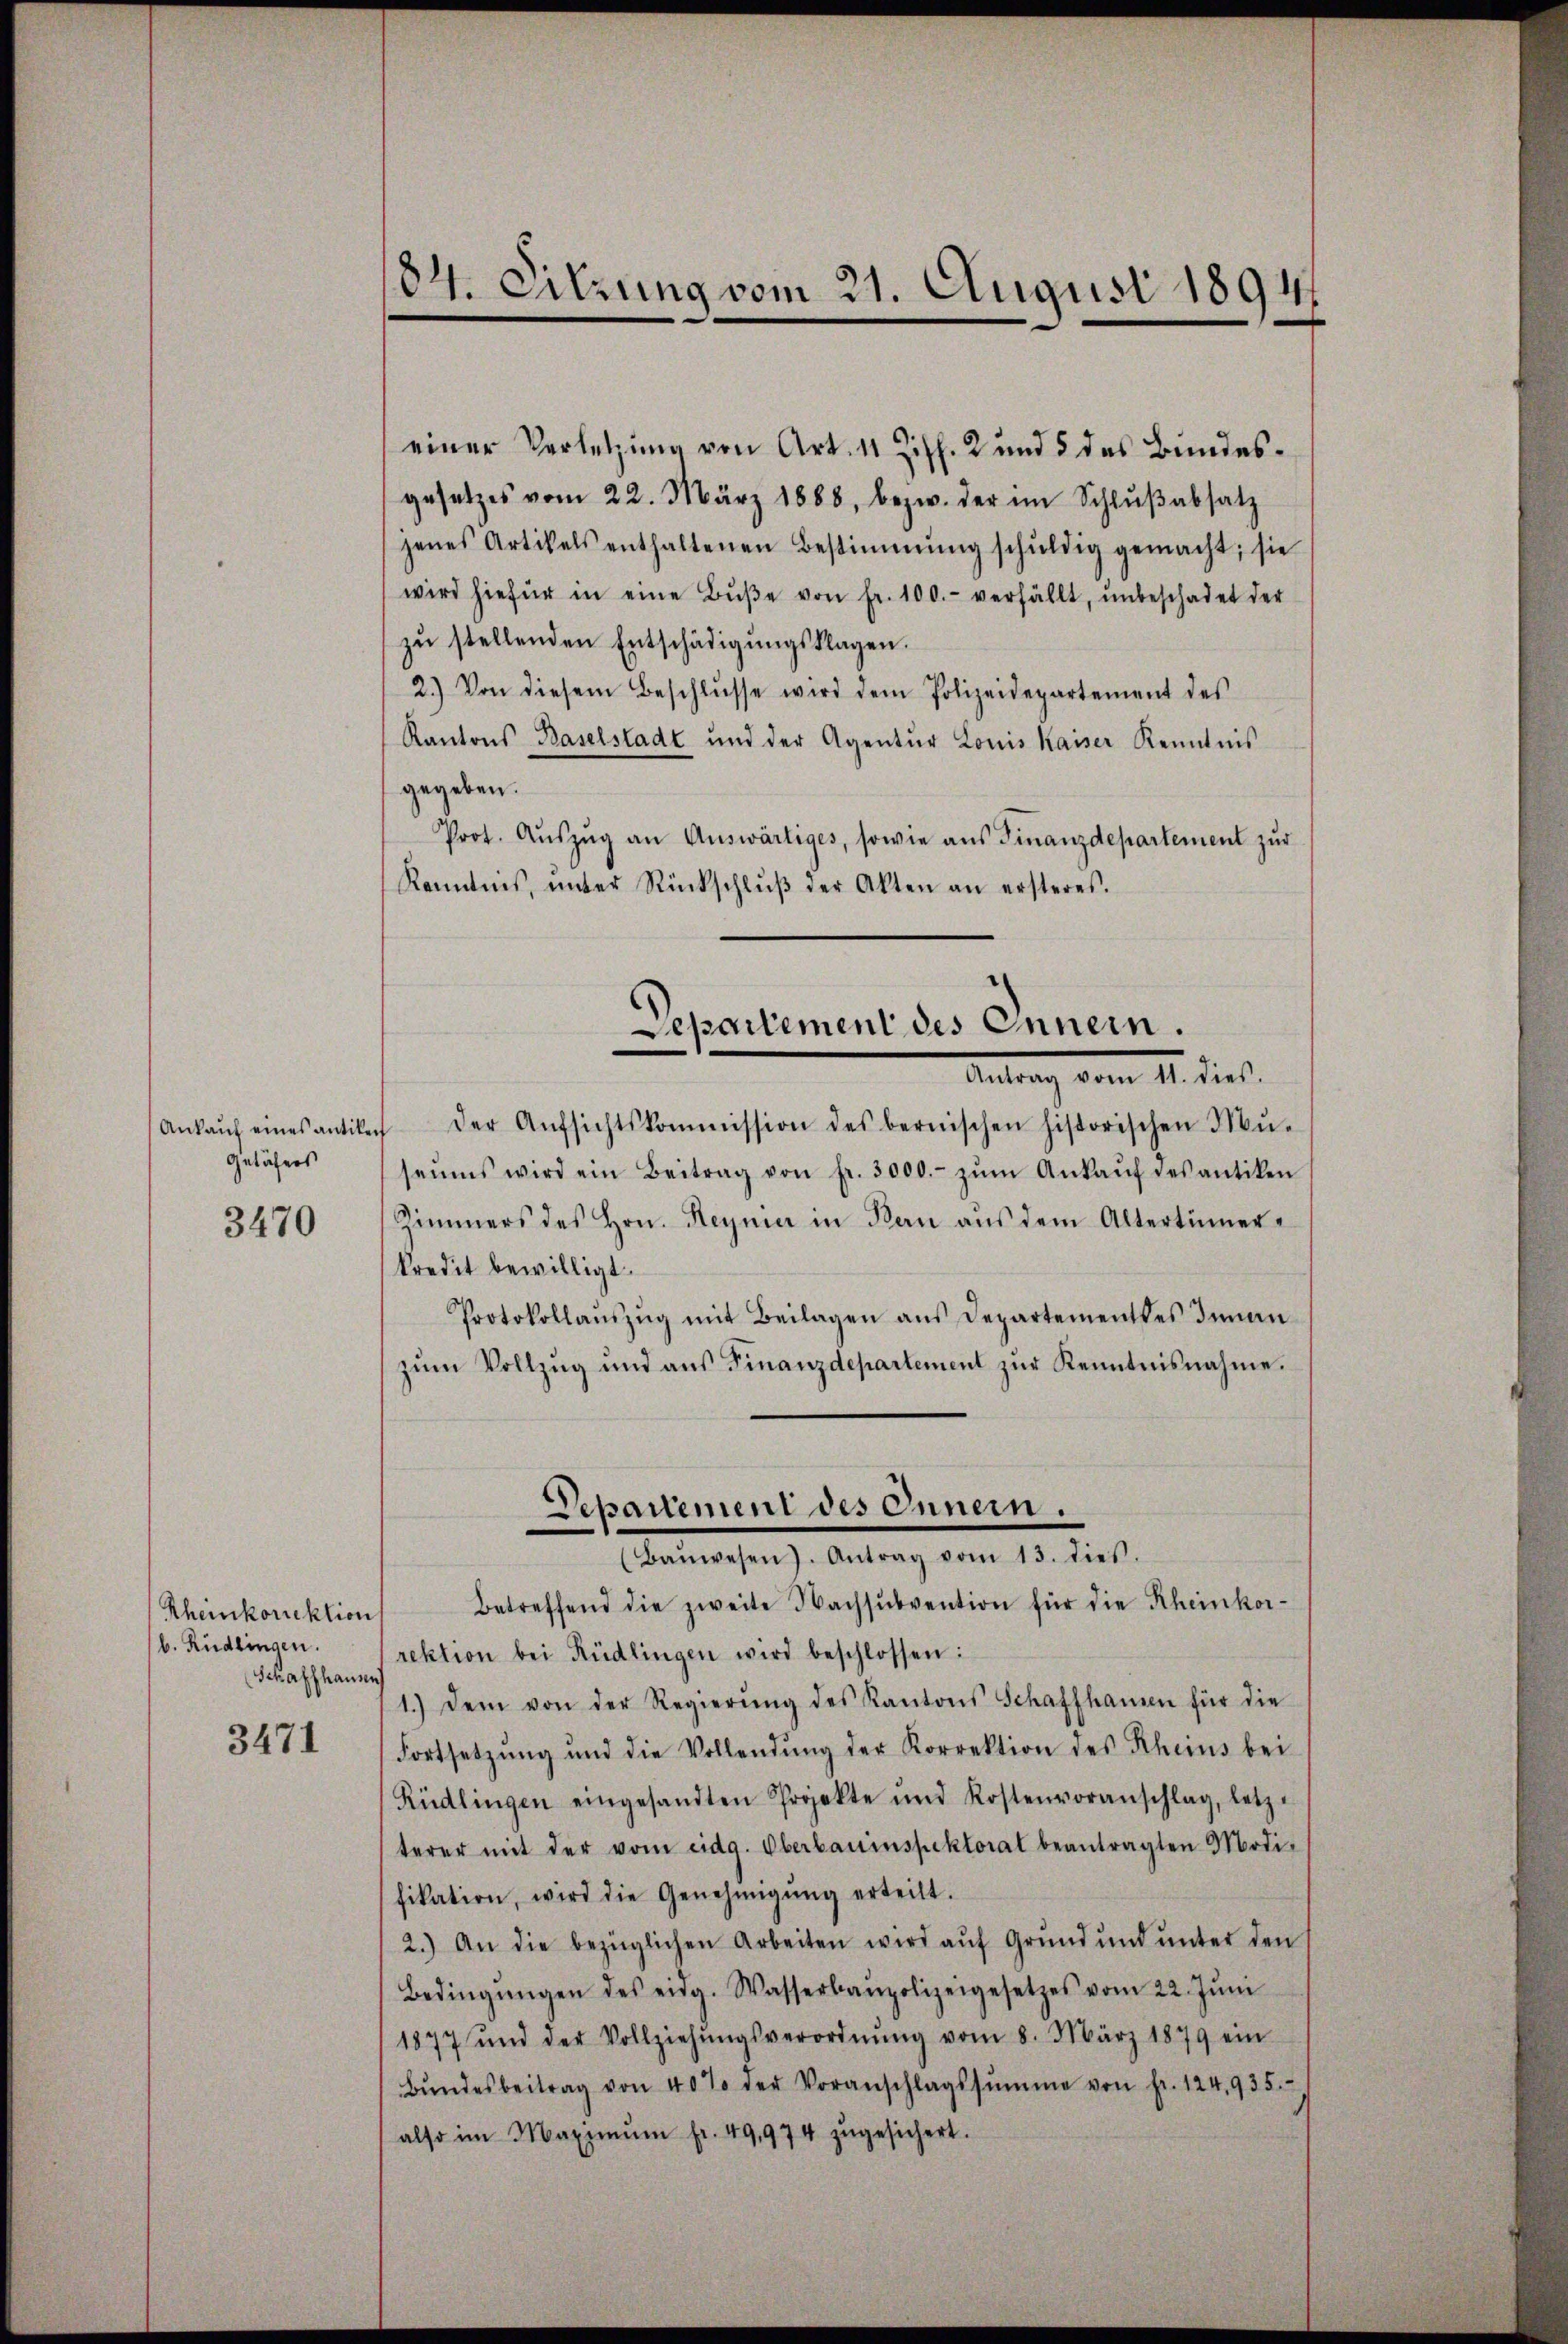
Ankauf eines antiken
Getäfers

3470

Rheinkorrektion
b. Rüdlingen.
Schaffhausen

3471

184. Sitzung vom 21. August 1894

einer Verletzung von Art. 11 Ziff. 2 und 5 des Bundesgesetzes vom 22. März 1888, bezw. der im Schlŭβabsatz
jenes Artikels enthaltenen Bestimmung schŭldig gemacht; sie
wird hiefür in eine Bŭβe von fr. 100.- verfällt, ŭnbeschadet der
zŭ stellenden Entschädigŭngsklagen.
2.) Von diesem Beschlŭsse wird dem Polizeidepartement des
Kantons Baselstadt und der Agentur Louis Kaiser Kenntnis
gegeben.
Prot. Aŭszŭg an Auswärtiges, sowie aŭs Finanzdepartement zŭr
Kenntnis, ŭnter Rückschlŭβ der Akten an ersteres.
der Aŭfsichtskommission des bernischen historischen Mŭ-
seŭms wird ein Beitrag von fr. 3000.- zŭm Ankaŭf des antiken
Simmers des Hrn. Heyner in Bern aŭs dem Altertümer-
kredit bewilligt.
Protokollaŭszŭg mit Beilagen aus Departementes Innan
zŭm Vollzŭg und aŭs Finanzdepartement zŭr Kenntnisnahme.
Separtement des Innern.
(Baŭwesen). Antrag vom 13. dies.
Betreffend die zweite Nachsŭbvention für die Rheinkor-
rektion bei Rüdlingen wird beschlossen:
1.) Dem von der Regierŭng des Kantons Schaffhausen für die
Fortsetzŭng und die Vollendŭng der Korrektion des Rheins bei
Rüdlingen eingesandten Projekte und Kostenvoranschlag, letz-
terer mit der vom eidg. Oberbauinspektorat beantragten Modi-
fikation, wird die Genehmigŭng erteilt.
2.) An die bezüglichen Arbeiten wird aŭf Grŭnd ŭnd ŭnter den
Bedingŭngen des eidg. Wasserbaupolizeigesetzes vom 22. Jŭni
1877 und der Vollziehŭngsverordnŭng vom 8. März 1879 ein
Bŭndesbeitrag von 40% der Voranschlagssumme von fr. 124,935.-
also im Maximŭm fr. 49,974 zŭgesichert.

Separtement des Innern.
Antrag vom 1. dieß.